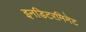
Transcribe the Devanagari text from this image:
इनडिटरमिनेट